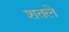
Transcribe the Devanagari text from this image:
शतले